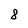
Character: 8